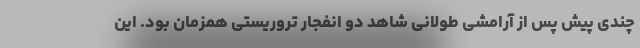
چندی پیش پس از آرامشی طولانی شاهد دو انفجار تروریستی همزمان بود. این